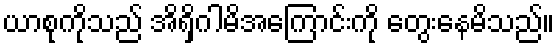
ယာစုကိုသည် အိရှိဂါမိအကြောင်းကို တွေးနေမိသည်။